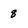
Character: 8